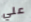
علي